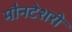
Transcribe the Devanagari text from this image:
मौनटेशरी